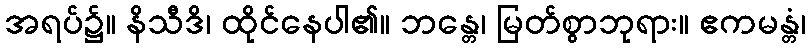
အရပ်၌။ နိသီဒိ၊ ထိုင်နေပါ၏။ ဘန္တေ၊ မြတ်စွာဘုရား။ ဧကမန္တံ၊